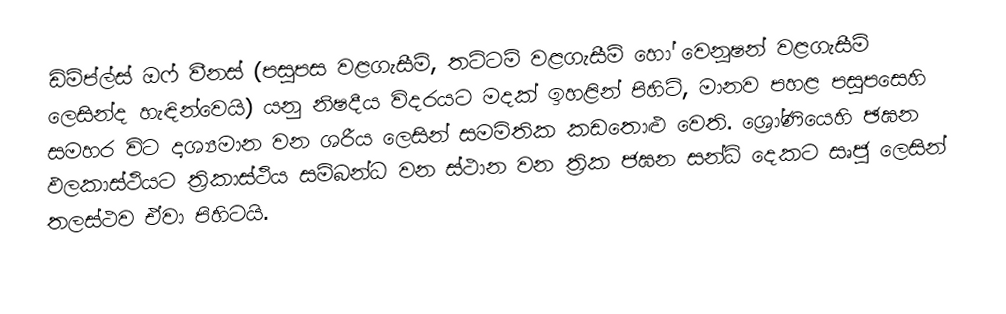
ඩිම්ප්ල්ස් ඔෆ් වීනස් (පසුපස වළගැසීම්, තට්ටම් වළගැසීම් හෝ වෙනූෂන් වළගැසීම් ලෙසින්ද හැඳින්වෙයි) යනු  නිෂදීය විදරයට මදක් ඉහළින් පිහිටි, මානව පහළ පසුපසෙහි සමහර විට දෘශ්‍යමාන වන ශරීය ලෙසින් සමමිතික කඩතොළු වෙති.  ශ්‍රෝණියෙහි  ඡඝන ඵලකාස්ථියට ත්‍රිකාස්ථිය සම්බන්ධ වන ස්ථාන වන  ත්‍රික ජඝන සන්ධි දෙකට සෘජු ලෙසින් තලස්ථව ඒවා පිහිටයි.